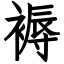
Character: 褥